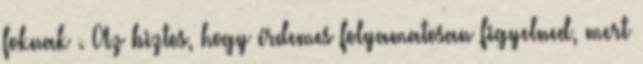
foknak . Az biztos, hogy érdemes folyamatosan figyelned, mert